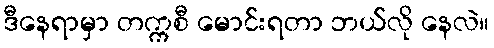
ဒီနေရာမှာ တက္ကစီ မောင်းရတာ ဘယ်လို နေလဲ။